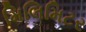
મિલિમિટર